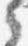
之